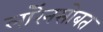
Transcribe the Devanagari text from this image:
लॉरेनसोबत